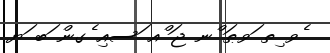
ެވ ިތ ަވޠަ ްނ ޖަ ްއ ަސއި ެގން ަބ ަޔ